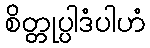
စိတ္တုပ္ပါဒံပါဟံ